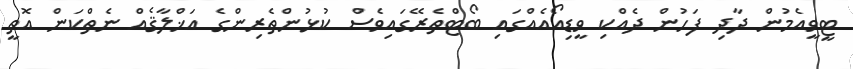
ޓީވީއެމުން ދާދި ފަހުން ދެއްކި ވީޑިއޯއެއްގައި ބޯޓްތެރޭގައިވެސް ކުޅުންތެރިންގެ އަޚްލާޤެއް ނެތްކަން އޮތީ